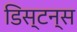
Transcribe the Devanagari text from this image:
डिस्‍टन्स